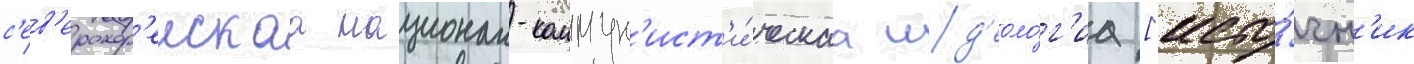
с'ев'ерокор'еискаа национал-коммун'ист'и́ческаа ид'еоло́г'иа [исто́чн'ик